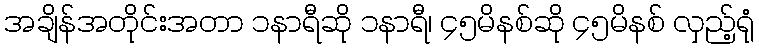
အချိန်အတိုင်းအတာ ၁နာရီဆို ၁နာရီ၊ ၄၅မိနစ်ဆို ၄၅မိနစ် လှည့်ရုံ